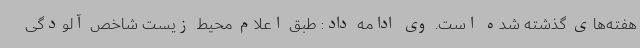
هفته‌های گذشته شده است. وی ادامه داد: طبق اعلام محیط زیست شاخص آلودگی